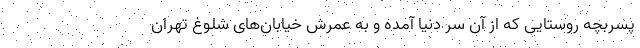
پسربچه روستایی که از آن سر دنیا آمده و به عمرش خیابان‌های شلوغ تهران